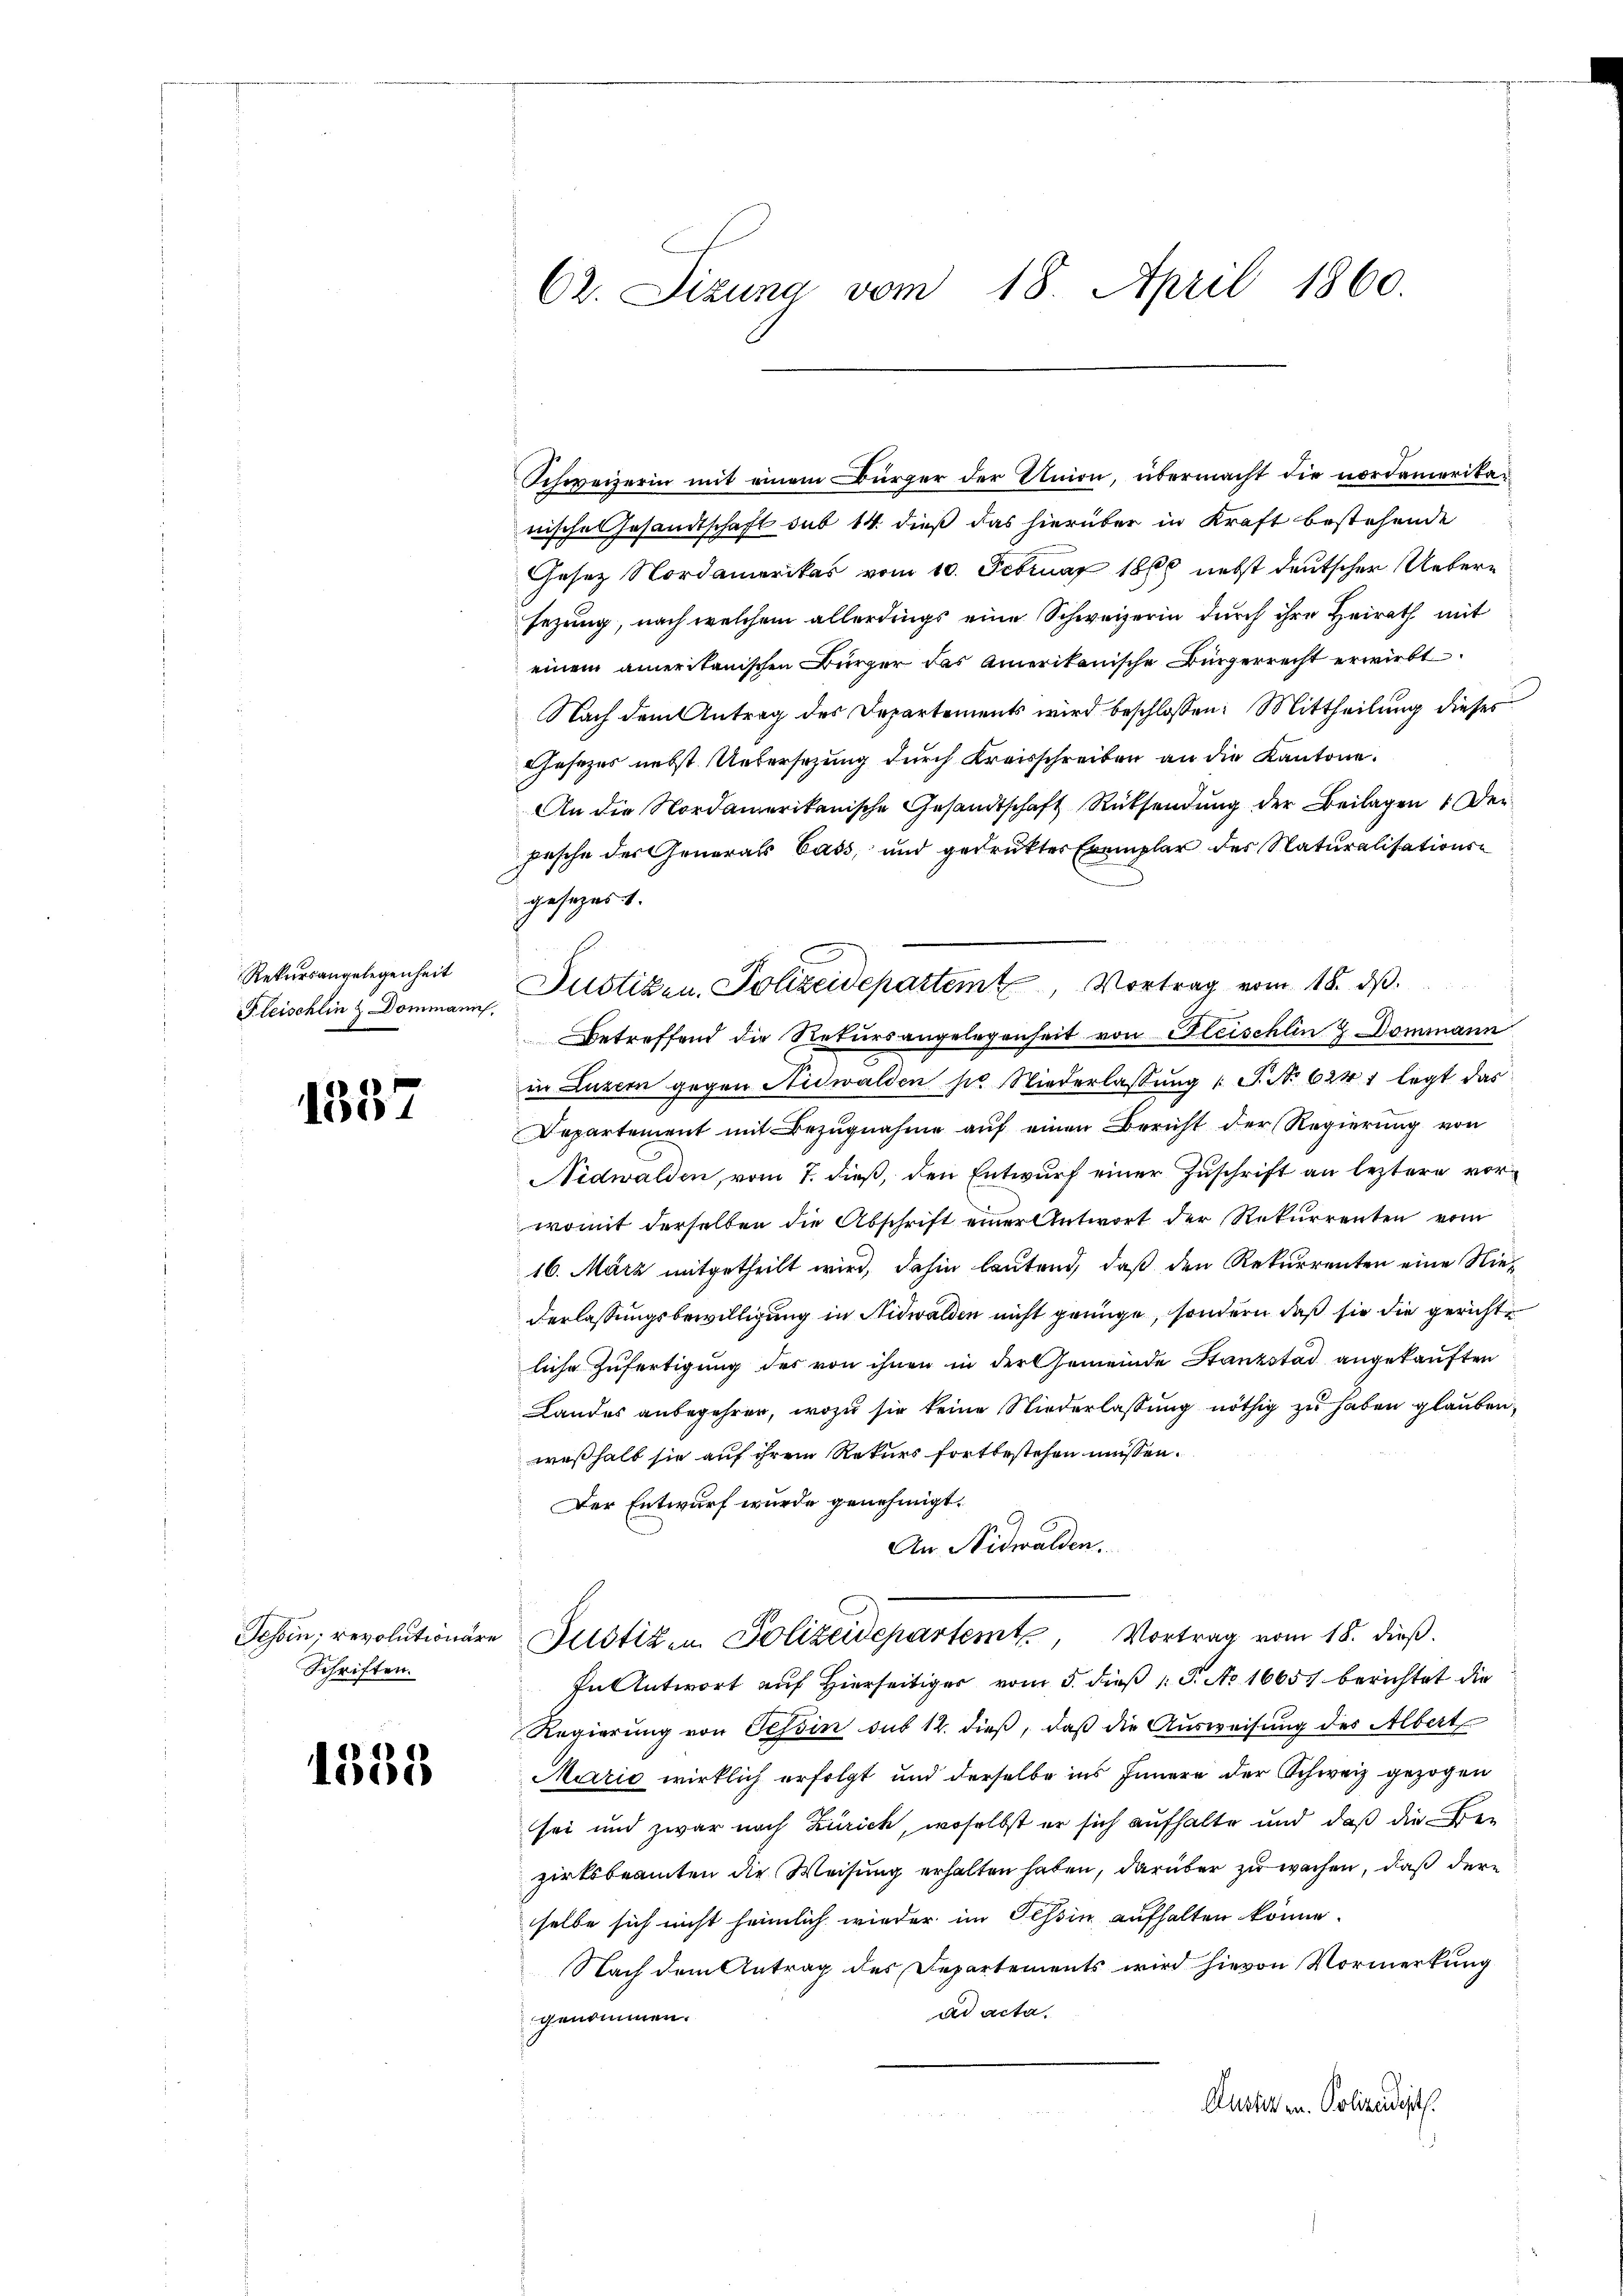
Rekursangelegenheit
Fleischlin & Dommanns,

1337

Tessin; revolutionar
Schriften.

1335

62. Sizung vom 18. April 1860.

wisches Gesandtschaft sub 14. dieß das hierüber in Kraft bestehende
Gesez Nordamerikas vom 10. Februar 1860 nebst deutscher Uebersezung, nach welchem allerdings eine Schweizerin durch ihre Heirath mit
einem amerikanischen Bürger das Amerikanische Bürgerrecht erwirbt.
Nach dem Antrag des Departements wird beschlossen: Mittheilung dieses
Gesezes nebst Untersetzung durch Kreisschreiben an die Kantone.
An die Nordamerikanische Gesandtschaft Rücksendung der Beilagen 1 Depesche der Generals Cass, und gedrukter Exemplar der Naturalisationsgesezes 1.
Betreffend die Rekursangelegenheit von Gleischlin & Dommann
in Luzern gegen Nidwalden sie Niederlassŭng (T. No 624 f legt das
Departement mit Bezugnahme auf einen Bericht der Regierung von
Nidwalden, vom 7. dieß, den Entwurf einer Zuschrift an leztere vorwomit derselben die Abschrift einer Antwort der Rekurrenten vom
16. März mitgetheilt wird, dahin lautend, daß den Rekurrenten eine Niederlassungsbewilligung in Nidwalden nicht genüge, sondern daß sie die gerichtliche Zufertigung des von ihnen in der Gemeinde Stanzstad angekauften
Landes anbegehren, wozu sie keine Niederlassung nöthig zu haben glauben,
weßhalb sie auf ihrem Rekurs fortbestehen müssen.
Der Entwurf wurde genehmigt.
An Nidwalden.
Justiz- u. Polizeidepartem Vortrag vom 18. dieß.
In Antwort auf Hierseitiger vom 5. dieß P. No 16657 berichtet die
Regierung von Tessin sub 12. dieß, daß die Ausweisung des Albert
Marie wirklich erfolgt und derselbe ins Innere der Schweiz gezogen
sei und zwar nach Zürich, woselbst er sich aufhalte und daß die Be-
zirksbeamten die Weisung erhalten haben, darüber zu wachen, daß dere
selbe sich nicht heimlich wieder im Tessin aufhalten könne.
Nach dem Antrag des Departements wird hievon Vormerkung
ad acta
genommen.
Austiren. Polizeidigt.

Schweizerin mit einem Bürger der Union, übermacht die nordamerika-

Justizen Polizeidepartem Vortrag vom 18. ds.